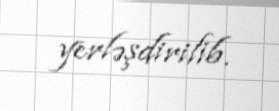
yerləşdirilib.